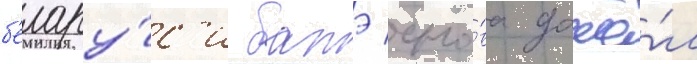
б'елару́с'и батэ сно́ва дошё́л